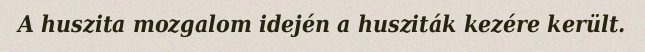
A huszita mozgalom idején a husziták kezére került.